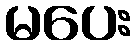
မပေး